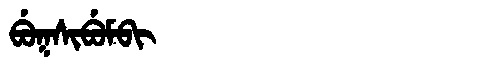
Manchu: ᠪᡠᡴᠰᡳᠪᡠᠮᠪᡳ
Romanization: BUKSIBUMBI